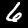
Digit: 6